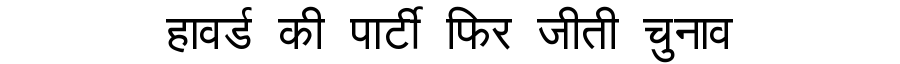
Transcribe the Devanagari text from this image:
हावर्ड की पार्टी फिर जीती चुनाव